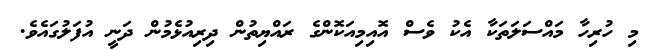
މި ހުރިހާ މައްސަލަތަކާ އެކު ވެސް އޮއިމިއަކޮންގެ ރައްޔިތުން ދިރިއުޅެމުން ދަނީ އުފަލުގައެވެ.